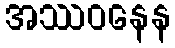
အဿဝနေန